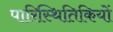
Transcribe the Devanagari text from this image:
पारिस्थितिकियों